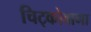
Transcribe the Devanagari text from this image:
चिट्कोवागा